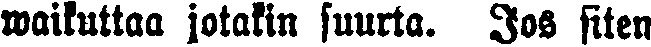
waikuttaa jotakin suurta. Jos siten